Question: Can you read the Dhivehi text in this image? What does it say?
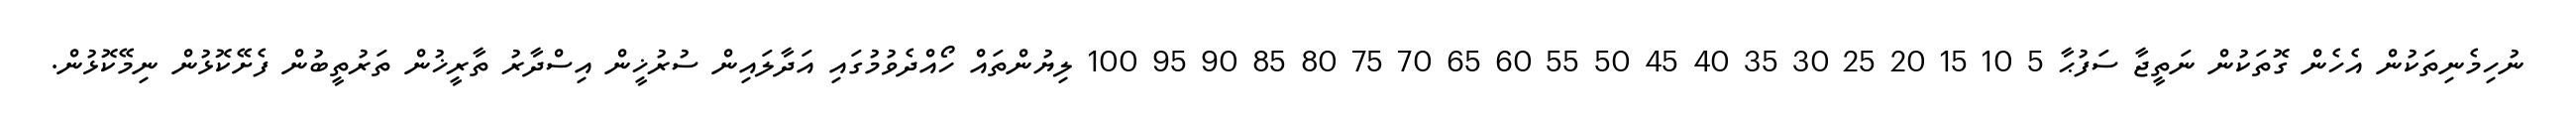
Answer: ނުހިމެނިތަކުން އެހެން ގޮތަކުން ނަތީޖާ ސަފުޙާ 5 10 15 20 25 30 35 40 45 50 55 60 65 70 75 80 85 90 95 100 ލިޔުންތައް ހޯއްދެވުމުގައި އަދާލައިން ސުރުޚީން އިސްދާރު ތާރީޚުން ތަރުތީބުން ފެށޭކޮޅުން ނިމޭކޮޅުން.